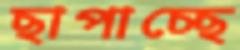
ছাপাচ্ছে